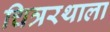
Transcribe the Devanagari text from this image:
चित्ररथाला